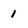
Character: 1